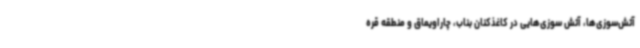
آتش‌سوزی‌ها، آتش سوزی‌هایی در کاغذکنان بناب، چاراویماق و منطقه قره